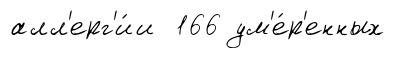
алл'ерг'и́и 166 ум'е́р'енных